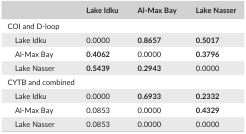
<table><thead><tr><td></td><td><b>Lake Idku</b></td><td><b>Al‐Max Bay</b></td><td><b>Lake Nasser</b></td></tr></thead><tbody><tr><td colspan="4">COI and D‐loop</td></tr><tr><td>Lake Idku</td><td>0.0000</td><td><b>0.8657</b></td><td><b>0.5017</b></td></tr><tr><td>Al‐Max Bay</td><td><b>0.4062</b></td><td>0.0000</td><td><b>0.3796</b></td></tr><tr><td>Lake Nasser</td><td><b>0.5439</b></td><td><b>0.2943</b></td><td>0.0000</td></tr><tr><td colspan="4">CYTB and combined</td></tr><tr><td>Lake Idku</td><td>0.0000</td><td><b>0.6933</b></td><td><b>0.2332</b></td></tr><tr><td>Al‐Max Bay</td><td>0.0853</td><td>0.0000</td><td><b>0.4329</b></td></tr><tr><td>Lake Nasser</td><td>0.0853</td><td>0.0000</td><td>0.0000</td></tr></tbody></table>